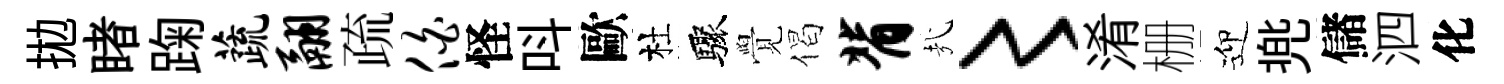
拋睹踘蔬翮疏伯怪呌歐杜驟覺偈背㢤〻淆栅迎兠儲泗化